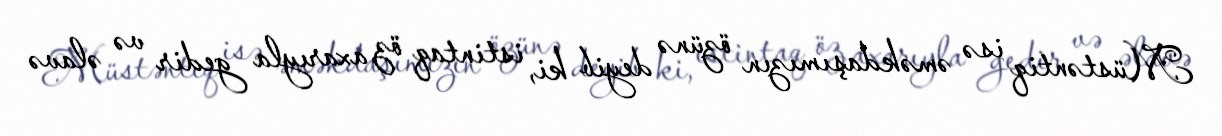
Müstəntiq isə əməkdaşımızın özünə deyib ki, istintaq öz axarıyla gedir və əlavə